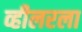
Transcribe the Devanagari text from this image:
व्हीलरला